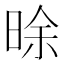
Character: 𣇞